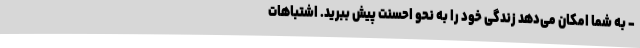
- به شما امکان می‌دهد زندگی خود را به نحو احسنت پیش ببرید. اشتباهات